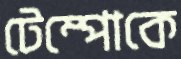
টেম্পোকে